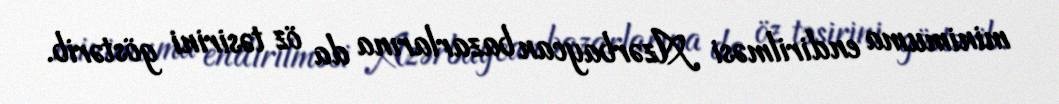
minimuma endirilməsi Azərbaycan bazarlarına da öz təsirini göstərib.